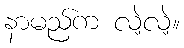
နာမည်က လဲ့လဲ့။